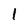
Character: 1